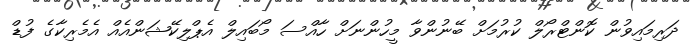
ދަރިމައިވުން ކޮންޓްރޯލް ކުރުމަށް ބޭނުންވާ މީހުންނަށް ހާއްސަ މޯބައިލް އެޕްލިކޭޝަންއެއް އެމެރިކާގެ ފުޑް